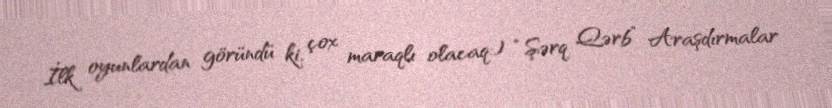
İlk oyunlardan göründü ki, çox maraqlı olacaq:) “Şərq Qərb” Araşdırmalar